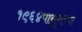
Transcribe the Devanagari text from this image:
१९६४पासूनच्या